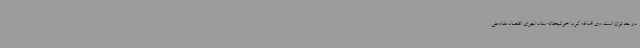
در حد توان است. وی اضافه کرد: خوشبختانه ستاد اجرای اقتصاد مقاومتی